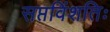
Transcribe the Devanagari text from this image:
सप्तविंशतिः